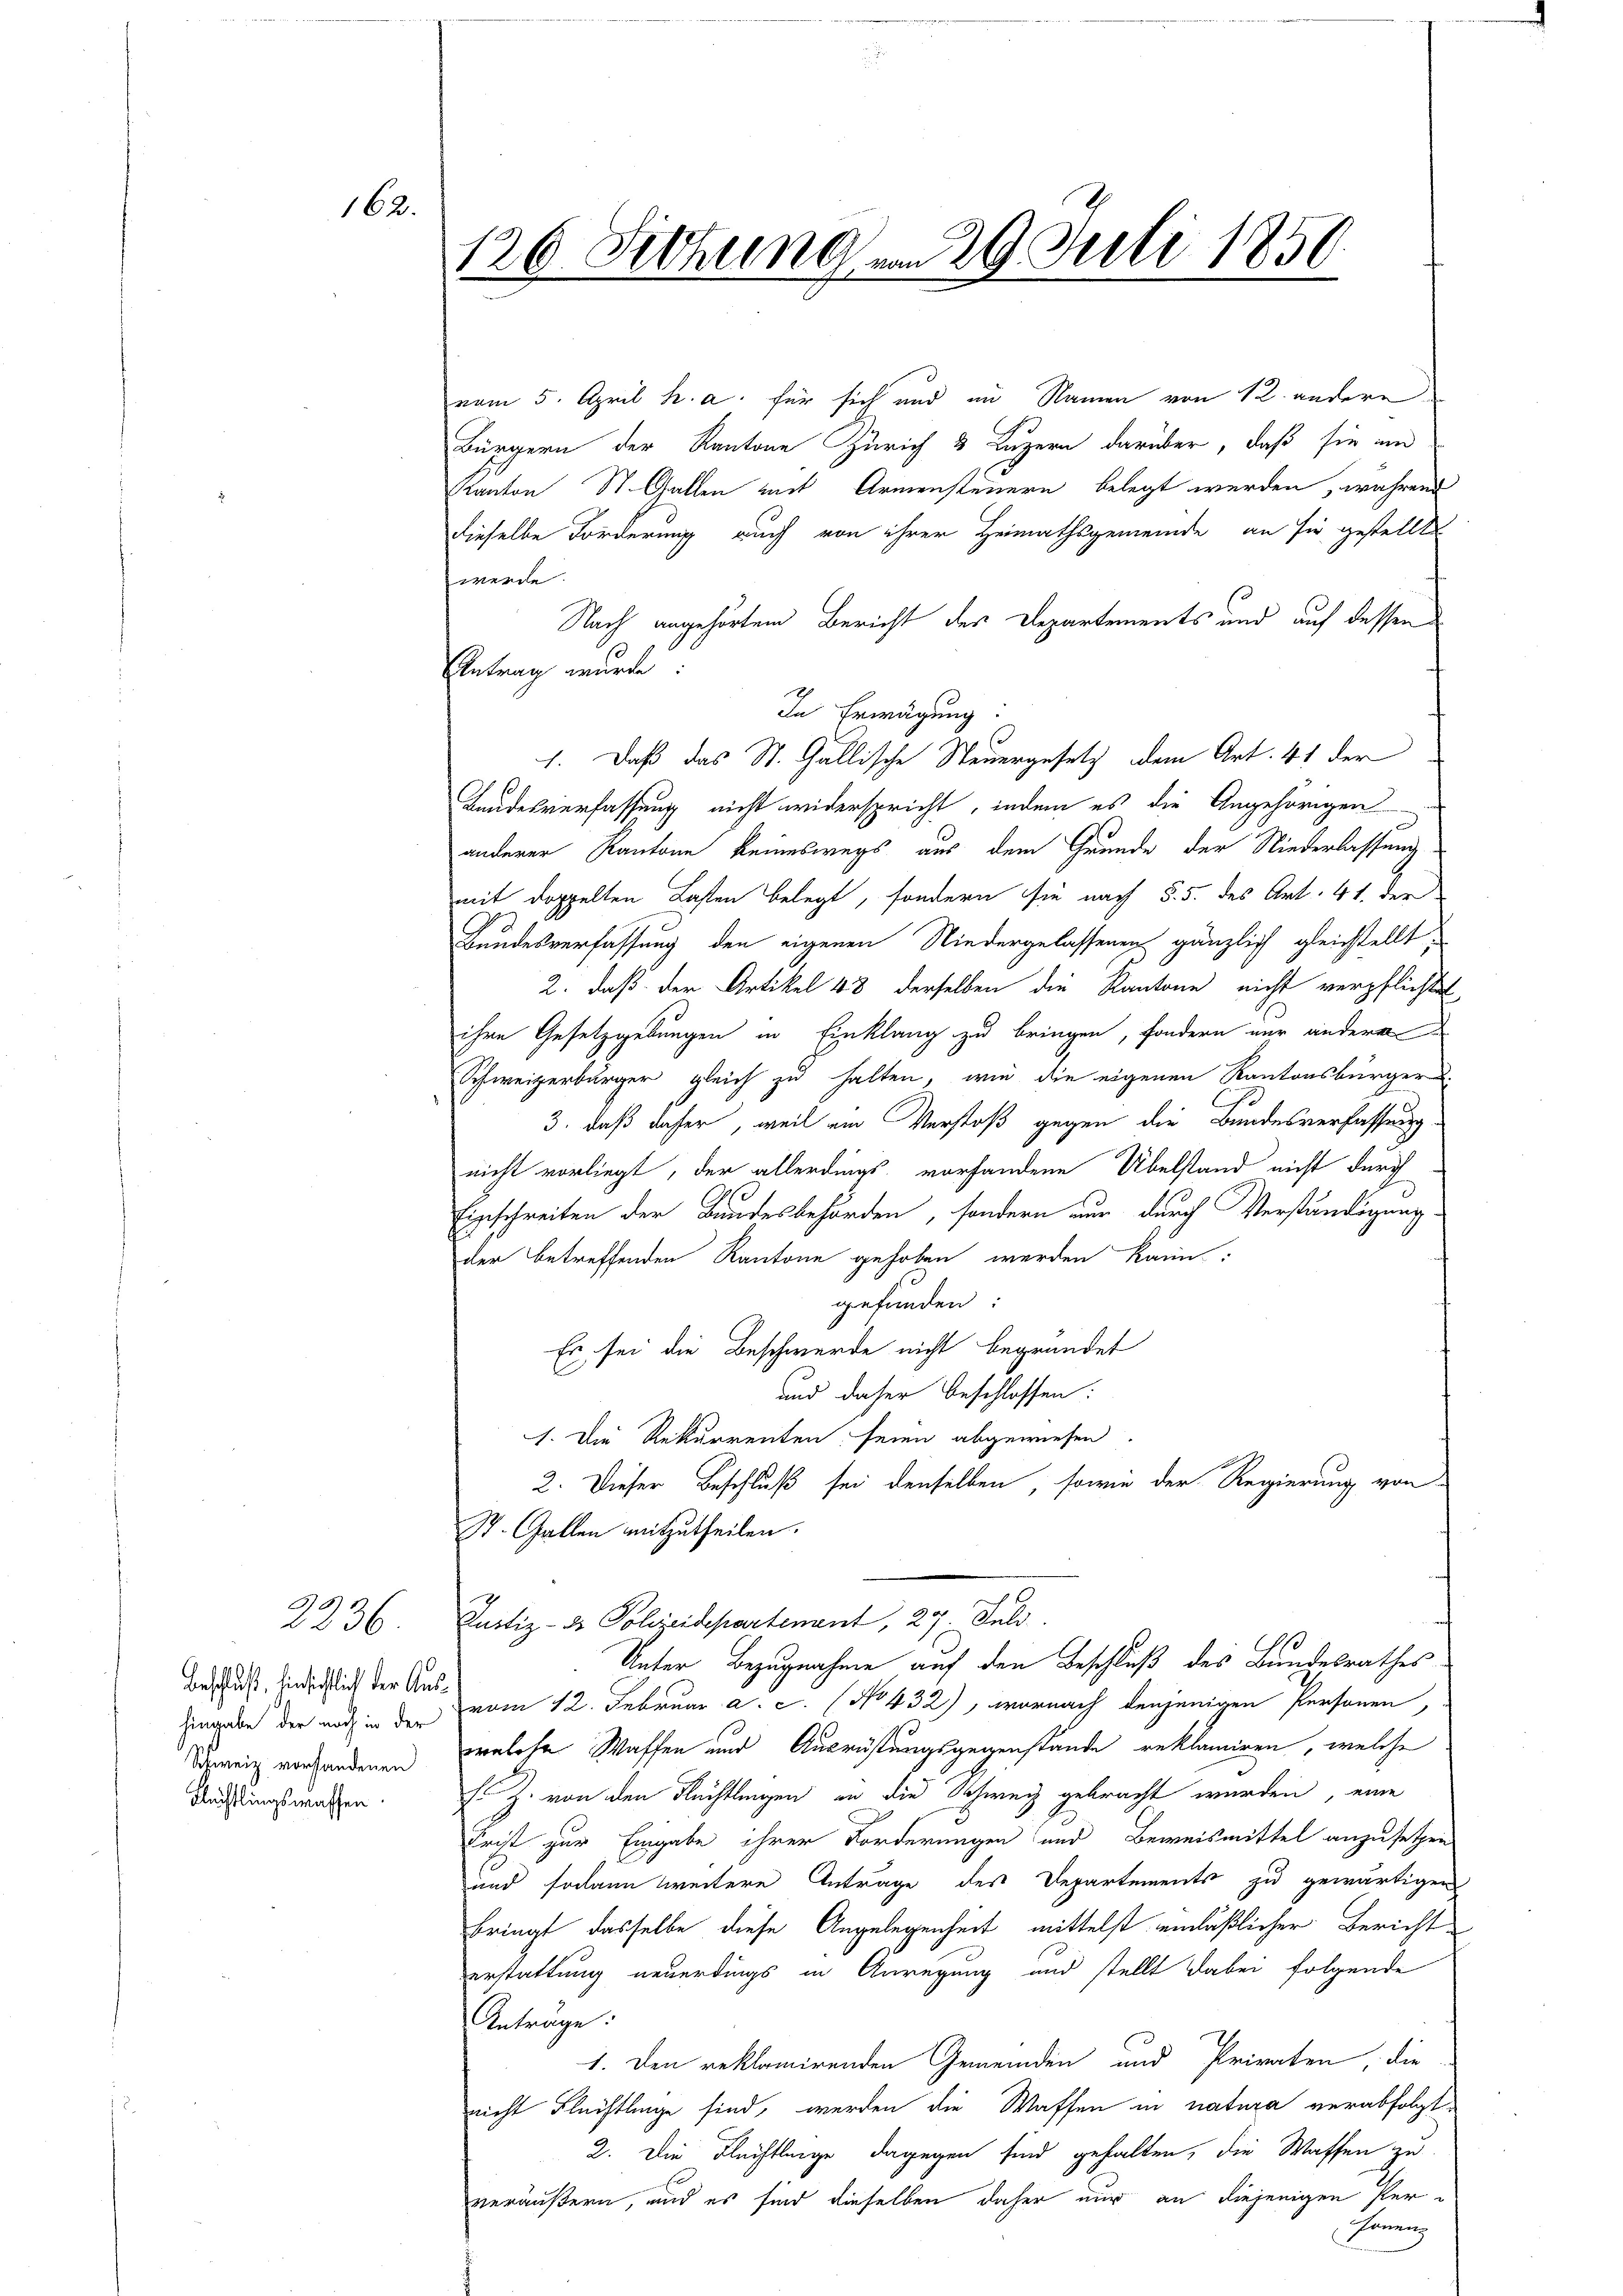
162.

2236

Beschluß, hinsichtlich der Aus¬
Schweiz vorstandenen
Flechtlingswaffen.

126. Sitzung am 29. Juli 1856

vom 5. April h. a. für sich und im Namen von 12. andere
Bürgern der Kantone Zürich 3 Luzern darüber, daß sie am
Kanton St. Gallen mit Armensteuern belegt werden, während
dieselbe Forderung auch von ihrer Heimathsgemeinde an sie gestellte
werde.
Nach angehörtem Bericht der Departements und auf dessen
Antrag wurch
In Erwägung:
1. Daß das St. Gallische Steuergesetz dem Art. 41 der
Landesverfassung nicht widerspricht, indem es die Angehörigen
anderer Kantone keineswegs aus dem Grunde der Niederlassung
mit doppelten Lasten belegt, sondern sie nach §. 5. des Art. 41. der
Bundesverfassung den eigenen Niedergelassenen gänzlich gleichstellt,
2. daß der Artikel 48 derselben die Kantone nicht verpflichtet
ihre Gesetzgebungen in Einklang zu bringen, sondern nur andere
Schweizerbürger gleich zu halten, wie die eigenen Kantonsbürger-
3. daß daher, weil ein Verstoß gegen die Bundesverfassung-
nicht vorliegt, der allerdings vorhandene Übelstand nicht durch
Einschreiten der Bundesbehörden, sondern nur durch Verständigung.
der betreffenden Kantone gehoben werden kann:
gefunden:
Es sei die Beschwerde nicht begründet
und daher beschlossen:
1. Die Rekurrenten seien abgewiesen.
2. Dieser Beschluß sei denselben, sowie der Regierung von
St. Gallen mitzutheilen.
Justiz- & Polizeidepartement, 27. Juli.
Unter Bezugnahme auf den Beschluß des Bundesrathes
Eingabe der nach in der vom 12. Februar a.c. (No 432), wornach denjenigen Personen,
welche Waffen und Ausrüstungsgegenstände reklamiren, welche
Es Z. von den Flüchtlingen in die Schweiz gebracht werden, eine
Frist zur Eingabe ihrer Forderungen und Beweismittel anzusetzen
Uund sodann weitere Anträge des Departements zu gewärtigen
bringt dasselbe diese Angelegenheit mittelst einläßlicher Bericht
erstattung neuerdings in Anregung und stellt dabei folgende
Anträge:
1. Den reklamirenden Gemeinden und Privaten, die
nicht Flechtlinge sind, werden die Waffen in natura verabfolgt,
2. Die Flechtlinge dagegen sind gehalten, die Waffen zu
veräußern, und es sind dieselben daher nur an diejenigen Per¬
Fonanz